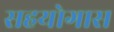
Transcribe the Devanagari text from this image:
सहयोगास